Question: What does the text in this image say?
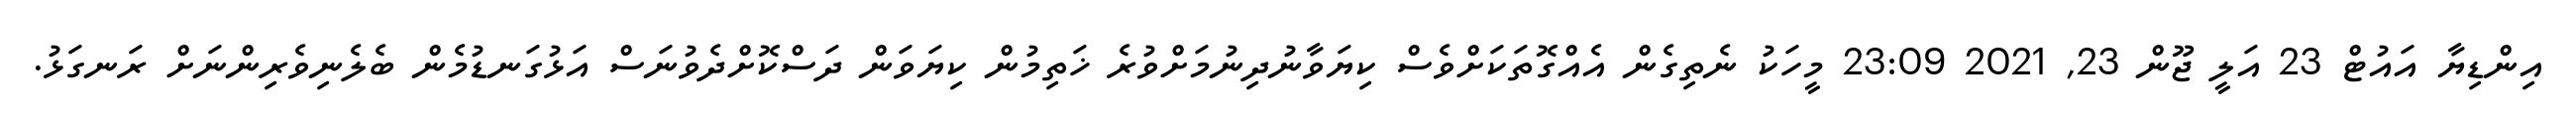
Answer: އިންޑިޔާ އައުޓް 23 އަލީ ޖޫން 23, 2021 23:09 މީހަކު ނެތިގެން އެއްގޮތަކަށްވެސް ކިޔަވާނުދިނުމަށްވުރެ ޚަތިމުން ކިޔަވަން ދަސްކޮށްދެވުނަސް އަޅުގަނޑުމެން ބެލެނިވެރިންނަށް ރަނގަޅު.